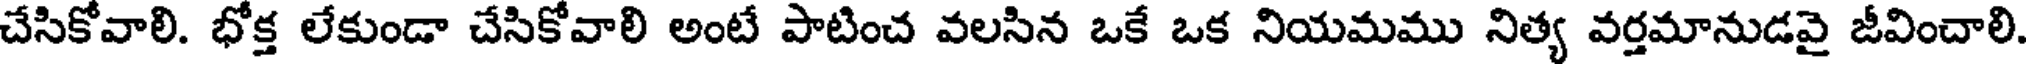
చేసికోవాలి. భోక్త లేకుండా చేసికోవాలి అంటే పాటించ వలసిన ఒకే ఒక నియమము నిత్య వర్తమానుడవై జీవించాలి.